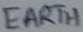
Text: EARTH